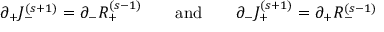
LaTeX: \partial _ { + } J _ { - } ^ { ( s + 1 ) } = \partial _ { - } R _ { + } ^ { ( s - 1 ) } \qquad \mathrm { { a n d } } \qquad \partial _ { - } J _ { + } ^ { ( s + 1 ) } = \partial _ { + } R _ { - } ^ { ( s - 1 ) }